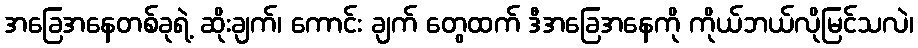
အခြေအနေတစ်ခုရဲ့ ဆိုးချက်၊ ကောင်း ချက် တွေထက် ဒီအခြေအနေကို ကိုယ်ဘယ်လိုမြင်သလဲ၊